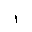
Letter: _alif